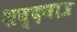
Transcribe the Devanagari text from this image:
शब्दमात्र